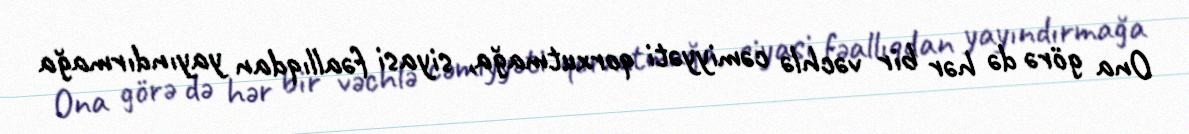
Ona görə də hər bir vəchlə cəmiyyəti qorxutmağa, siyasi fəallıqdan yayındırmağa